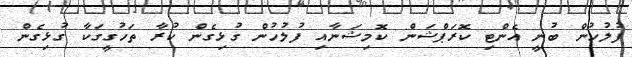
ފުލުހުން ބުނީ އެންޓި ކޮރަޕްޝަން ކޮމިޝަނާއި ފުލުހުން ގުޅިގެން ކުރާ ތަހުގީގަކާ ގުޅިގެން